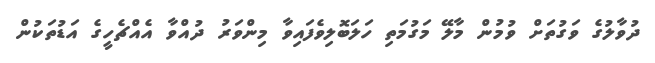
ދުވާލުގެ ވަގުތަށް ވުމުން މާލޭ މަގުމަތި ހަލަބޮލިވެފައިވާ މިންވަރު ދުއްވާ އެއްޗެހީގެ އަޑުތަކުން